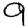
Digit: 9